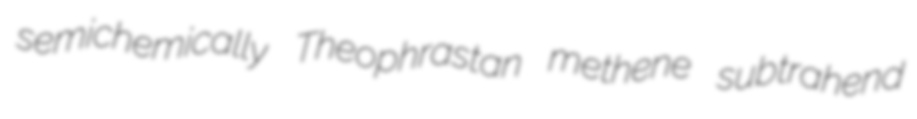
semichemically Theophrastan methene subtrahend